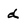
Character: d